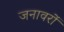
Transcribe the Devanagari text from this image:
जनावरों